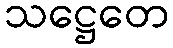
သဋ္ဌေတေ